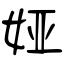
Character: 娅